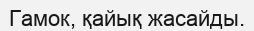
Гамок, қайық жасайды.